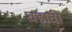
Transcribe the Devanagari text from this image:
वहाती